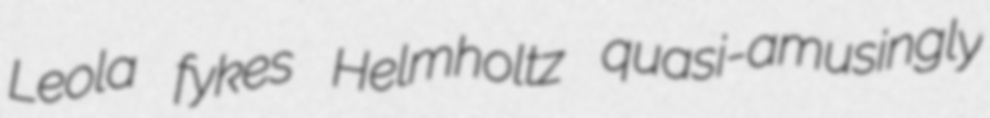
Leola fykes Helmholtz quasi-amusingly